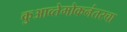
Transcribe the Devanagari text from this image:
कुआव्तेमोकनंतरचा